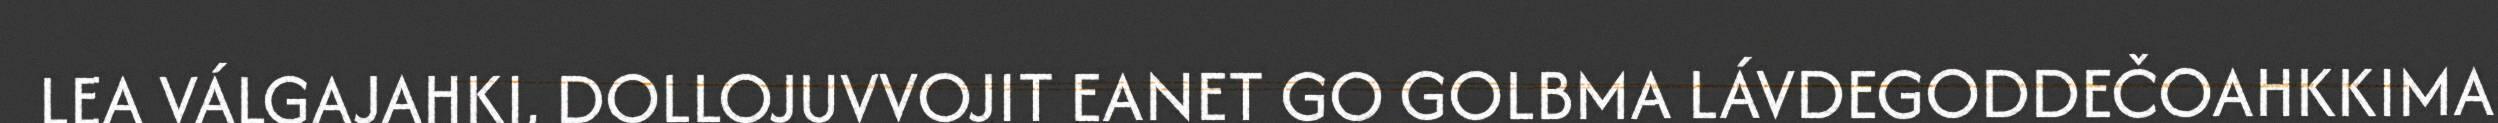
LEA VÁLGAJAHKI, DOLLOJUVVOJIT EANET GO GOLBMA LÁVDEGODDEČOAHKKIMA